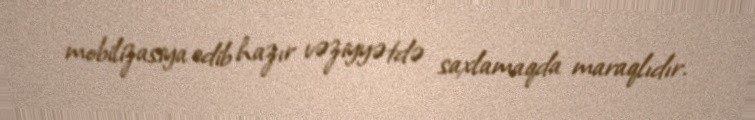
mobilizasiya edib hazır vəziyyətdə saxlamaqda maraqlıdır.